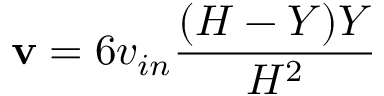
\mathbf { v } = 6 v _ { i n } \frac { ( H - Y ) Y } { H ^ { 2 } }